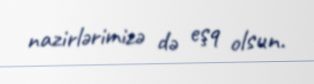
nazirlərimizə də eşq olsun.